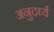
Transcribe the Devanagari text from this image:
अनुदर्ध्य